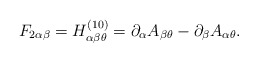
\begin{align*}F_{2 \alpha \beta} = H^{(10)}_{\alpha \beta \theta} = \partial_{\alpha}A_{\beta \theta} - \partial_{\beta} A_{\alpha \theta} .\end{align*}